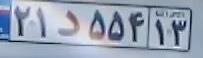
۲۱د۵۵۴۱۳